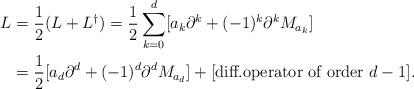
LaTeX: \begin{align*}L & =\frac{1}{2}(L+L^{\dag})=\frac{1}{2}\sum_{k=0}^{d}[a_{k}\partial^{k}+(-1)^{k}\partial^{k}M_{a_{k}}]\\& =\frac{1}{2}[a_{d}\partial^{d}+(-1)^{d}\partial^{d}M_{a_{d}}]+[\text{diff.operator of order }d-1]. \end{align*}